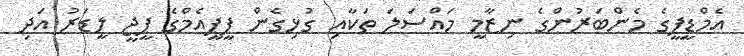
އެމްޑީޕީގެ މެންބަރުންގެ ނިޒާމީ މައްސަލަ ތަކާއި ގުޅިގެން ޕީޕީއެމްގެ ޕީޖީ ލީޑަރު އަދި